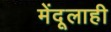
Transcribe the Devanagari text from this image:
मेंदूलाही